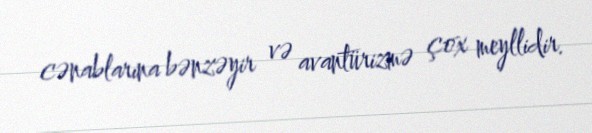
cənablarına bənzəyir və avantürizmə çox meyllidir.